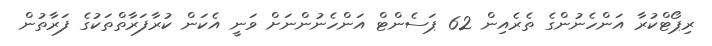
ރިޕޯޓްކުރާ އަންހެނުންގެ ތެރެއިން 62 ޕަސެންޓް އަންހެނުންނަށް ވަނީ އެކަން ކުރާފަރާތްތަކުގެ ފަރާތުން